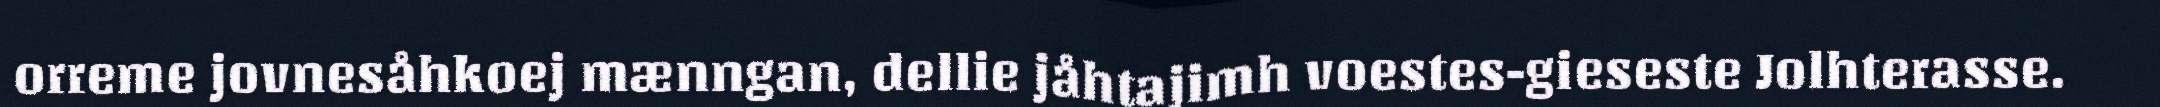
orreme jovnesåhkoej mænngan, dellie jåhtajimh voestes-gieseste Jolhterasse.